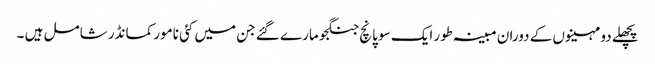
پچھلے دو مہینوں کے دوران مبینہ طور ایک سو پانچ جنگجو مارے گئے جن میں کئی نامور کمانڈر شامل ہیں ۔